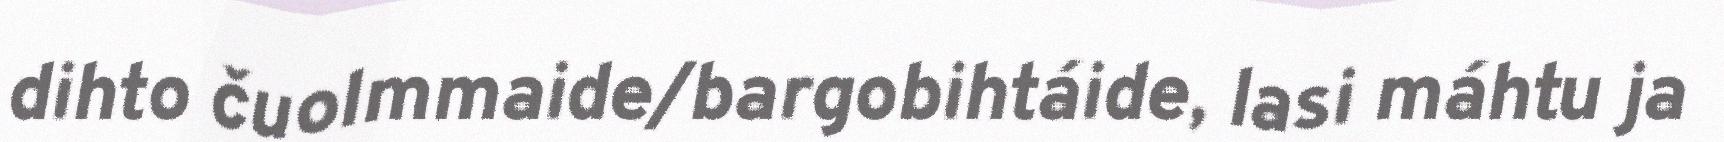
dihto čuolmmaide/bargobihtáide, lasi máhtu ja